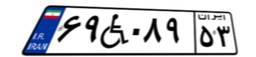
۶۹W۰۸۹۵۳